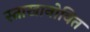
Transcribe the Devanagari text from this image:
स्ताखानोवित